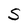
Character: S